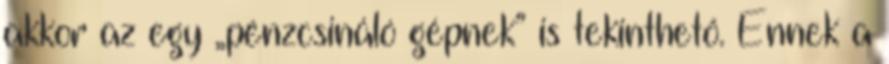
akkor az egy „pénzcsináló gépnek” is tekinthető. Ennek a